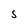
Character: S